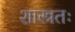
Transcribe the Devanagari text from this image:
शास्त्रतः